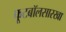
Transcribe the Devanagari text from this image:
फूटबॉलसारखा